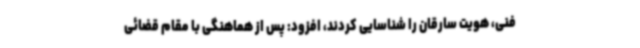
فنی، هویت سارقان را شناسایی کردند، افزود: پس از هماهنگی با مقام قضائی